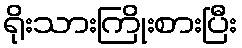
ရိုးသားကြိုးစားပြီး